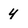
Character: 4